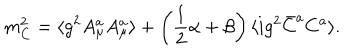
LaTeX: m _ { C } ^ { 2 } = \langle g ^ { 2 } A _ { \mu } ^ { a } A _ { \mu } ^ { a } \rangle + \left( { \frac { 1 } { 2 } } \alpha + \beta \right) \langle i g ^ { 2 } \bar { C } ^ { a } C ^ { a } \rangle .